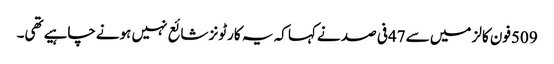
509فون کالز میں سے47فی صد نےکہا کہ یہ کارٹونز شائع نہیں ہونےچاہیےتھی۔